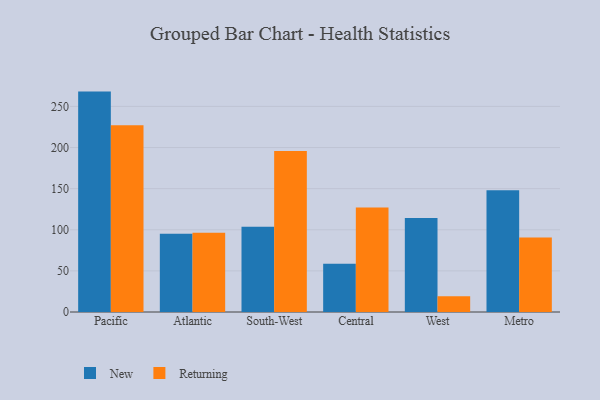
{"axis": {"x": "Region", "y": "Budget (USD K)"}, "legend": ["New", "Returning"], "data": [{"x": "Pacific", "y": 268.0, "type": "New"}, {"x": "Pacific", "y": 227.2, "type": "Returning"}, {"x": "Atlantic", "y": 95.2, "type": "New"}, {"x": "Atlantic", "y": 96.5, "type": "Returning"}, {"x": "South-West", "y": 103.6, "type": "New"}, {"x": "South-West", "y": 195.9, "type": "Returning"}, {"x": "Central", "y": 58.7, "type": "New"}, {"x": "Central", "y": 127.0, "type": "Returning"}, {"x": "West", "y": 114.3, "type": "New"}, {"x": "West", "y": 19.3, "type": "Returning"}, {"x": "Metro", "y": 148.0, "type": "New"}, {"x": "Metro", "y": 90.6, "type": "Returning"}]}